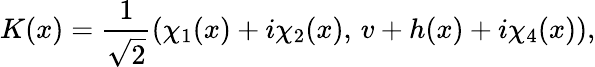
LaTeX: K(x)={\frac{1}{\sqrt 2}}(\chi_{1}(x)+i\chi_{2}(x),\, v+h(x)+i\chi_{4}(x)),